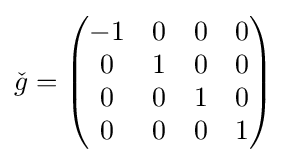
{\check {g}}={\begin{pmatrix}-1&0&0&0\\0&1&0&0\\0&0&1&0\\0&0&0&1\end{pmatrix}}